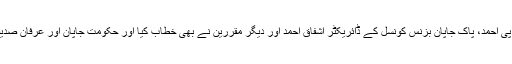
اس موقع پر پاک جاپان بزنس فورم کے چیرمین سہیل پی احمد، پاک جاپان بزنس کونسل کے ڈائریکٹر اشفاق احمد اور دیگر مقررین نے بھی خطاب کیا اور حکومت جاپان اور عرفان صدیقی کو اس اہم ایوارڈ کے حصول پر مبارکباد پیش کی ۔